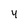
Character: y